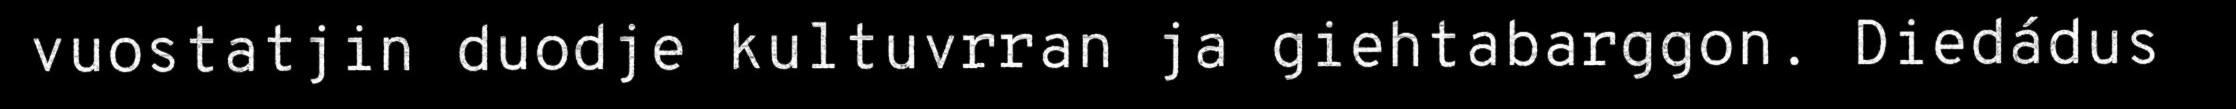
vuostatjin duodje kultuvrran ja giehtabarggon. Diedádus